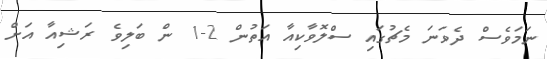
ނަމަވެސް ދެވަނަ މެޗުގައި ސްލޮވާކިއާ އަތުން 2-1 ން ބަލިވެ ރަޝިއާ އަށް